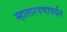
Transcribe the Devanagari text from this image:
म्हातारपणापर्यंत